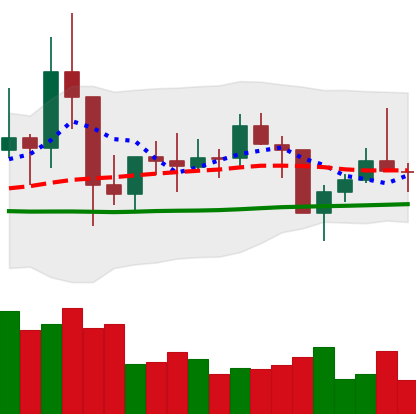
Ticker: TRX-USD
Chart end date: 2021-01-26
Forward return: 7.082%
Label: up_7plus